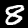
Label: 8